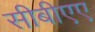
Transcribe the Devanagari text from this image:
सीबीएए